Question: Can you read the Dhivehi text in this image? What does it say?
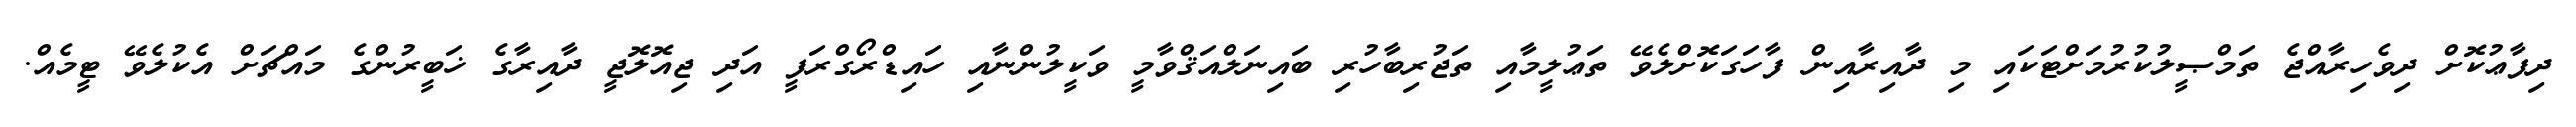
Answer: ދިފާޢުކޮށް ދިވެހިރާއްޖެ ތަމްޞީލުކުރުމަށްޓަކައި މި ދާއިރާއިން ފާހަގަކޮށްލެވޭ ތަޢުލީމާއި ތަޖުރިބާހުރި ބައިނަލްއަޤްވާމީ ވަކީލުންނާއި ހައިޑްރޯގްރަފީ އަދި ޖިއޮލޮޖީ ދާއިރާގެ ޚަބީރުންގެ މައްޗަށް އެކުލެވޭ ޓީމެއް.